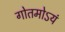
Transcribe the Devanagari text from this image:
गोतमोऽयं